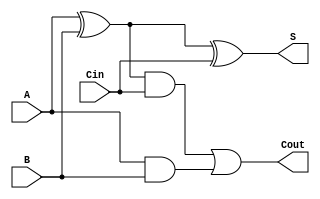
module FullAdder (
    input A, B, Cin,
    output S, Cout
);
wire S0, C0, C1;
assign S0 = A ^ B;
assign C0 = A & B;
assign S = S0 ^ Cin;
assign Cout = (S0 & Cin) | C0;
    
endmodule

module CSA #(parameter n = 32) (X, Y, Cin, S, Cout,OF);
input [n-1:0] X, Y;
input Cin;
output [n-1:0] S;
output OF;
// S0 is the sum of the inputs of each adder
wire [n-1:0] S0;
// Cin for all adders, first is Cin others are 0
wire [n-1:0] Cin0;
assign Cin0[0] = Cin;
assign Cin0[n-1:1] = 0;
// Cout result of all adders
wire [n-1:0] Cout0;
output Cout;
// Wires between Cout of FA in ripple and the Cin of the next adder
wire [n:0] Cin1;
assign Cin1[0] = 0;

// S1 is the Sum shifted right by 1
wire [n-1:0] S1;
assign S1[n-1] = 0;
assign S1[n-2:0] = S0[n-1:1];
// S2 is the sum shifted right by 1 and concatinated Cout from the left
wire [n-1:0] S2;
// final sum of CSA
assign S[0] = S0[0]; 
assign S[n-1:1] = S2[n-2:0] ;
// Cout calculation, which is the last bit in the sum of ripple adder
assign Cout = S2[n-1];
// holds the Cout of the last adder in the ripple which is not used
wire dummy;


genvar i;
generate
    for (i = 0; i < n; i = i + 1) begin
        FullAdder FA(X[i], Y[i], Cin0[i], S0[i], Cout0[i]);
    end
    for (i = 0; i < n; i = i + 1) begin
        FullAdder FA(S1[i], Cout0[i], Cin1[i], S2[i], Cin1[i+1]);
    end
endgenerate
assign OF = (X[n-1] == Y[n-1])? (X[n-1] ^ S[n-1]) : 'b0;

endmodule